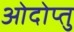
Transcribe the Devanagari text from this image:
ओदोप्तु